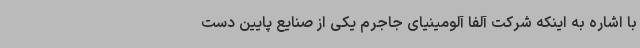
با اشاره به اینکه شرکت آلفا آلومینیای جاجرم یکی از صنایع پایین دست